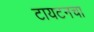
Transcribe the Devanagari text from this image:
टायटनचा